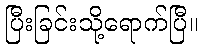
ပြီးခြင်းသို့ရောက်ပြီ။